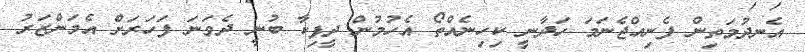
އެނދުމަތިން ފެނިއްޖެނަމަ ހަދާނީ ކިހިނެއްތޯ އެހުމުން ދީޕިކާ ބުނީ ދެވަނަ ފަހަރަށް އެމަންޒަރު